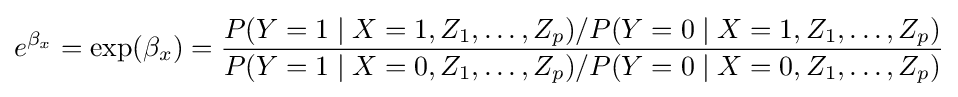
e^{\beta _{x}}=\exp(\beta _{x})={\frac {P(Y=1\mid X=1,Z_{1},\ldots ,Z_{p})/P(Y=0\mid X=1,Z_{1},\ldots ,Z_{p})}{P(Y=1\mid X=0,Z_{1},\ldots ,Z_{p})/P(Y=0\mid X=0,Z_{1},\ldots ,Z_{p})}}